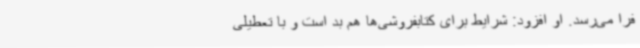
فرا می‌رسد. او افزود: شرایط برای کتابفروشی‌ها هم بد است و با تعطیلی